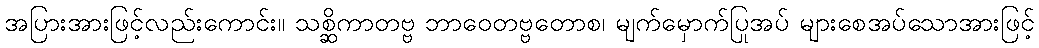
အပြားအားဖြင့်လည်းကောင်း။ သစ္ဆိကာတဗ္ဗ ဘာဝေတဗ္ဗတောစ၊ မျက်မှောက်ပြုအပ် များစေအပ်သောအားဖြင့်